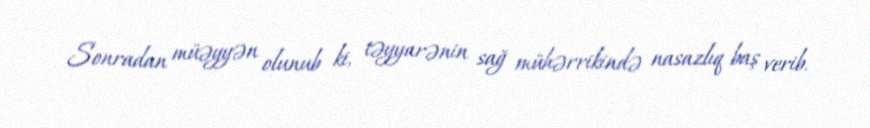
Sonradan müəyyən olunub ki, təyyarənin sağ mühərrikində nasazlıq baş verib.